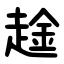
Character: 趛